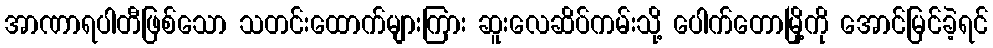
အာဏာရပါတီဖြစ်သော သတင်းထောက်များကြား ဆူးလေဆိပ်ကမ်းသို့ ပေါက်တောမြို့ကို အောင်မြင်ခဲ့ရင်